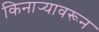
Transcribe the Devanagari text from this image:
किनार्‍यावरून